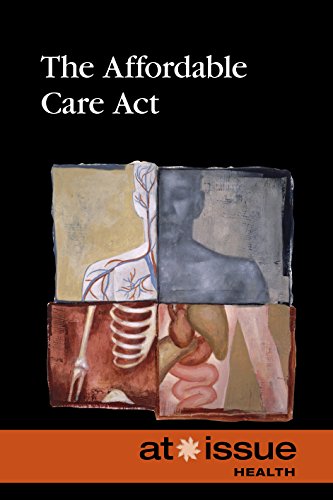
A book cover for The Affordable Care Act (At Issue); Tamara Thompson; Teen & Young Adult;